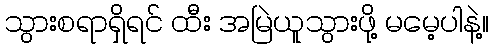
သွားစရာရှိရင် ထီး အမြဲယူသွားဖို့ မမေ့ပါနဲ့။